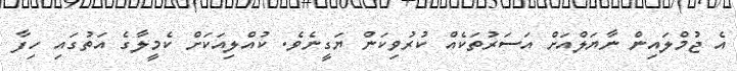
އެ ޖުމްލައިން ނާޔަލްއަށް އަސަރުތަކެއް ކުރުވިކަން ޔަގީނެވެ. ކުއްލިއަކަށް ކެމީލާގެ އަތުގައި ހިފާ